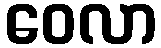
ဝေလာ